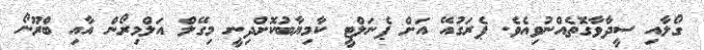
ގޯލާއި ސީދާވާގޮތެއްނުވިއެވެ. ޕެރަގުއޭ އަށް ޕެނަލްޓީ ކާމިޔާބުކޮށްދިނީ މިގޭލް އަލްމިރޯން އާއި ބްރޫނޯ